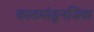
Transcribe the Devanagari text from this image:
काठमांडूनजिक